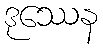
ဒုဿေန